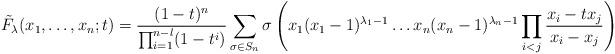
LaTeX: \begin{align*} \tilde F_\lambda (x_1,\dots, x_n;t)= \frac{(1-t)^n}{\prod_{i=1}^{n-l}(1-t^i)} \sum_{\sigma \in S_n}\sigma\left(x_1(x_{1}-1)^{\lambda_1-1}\dots x_n(x_{n}-1)^{\lambda_n-1}\prod_{i < j}\frac{x_{i}-tx_{j}} {x_{i}-x_{j}}\right)\end{align*}